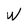
Character: W